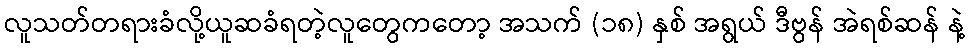
လူသတ်တရားခံလို့ယူဆခံရတဲ့လူတွေကတော့ အသက် (၁၈) နှစ် အရွယ် ဒီဗွန် အဲရစ်ဆန် နဲ့